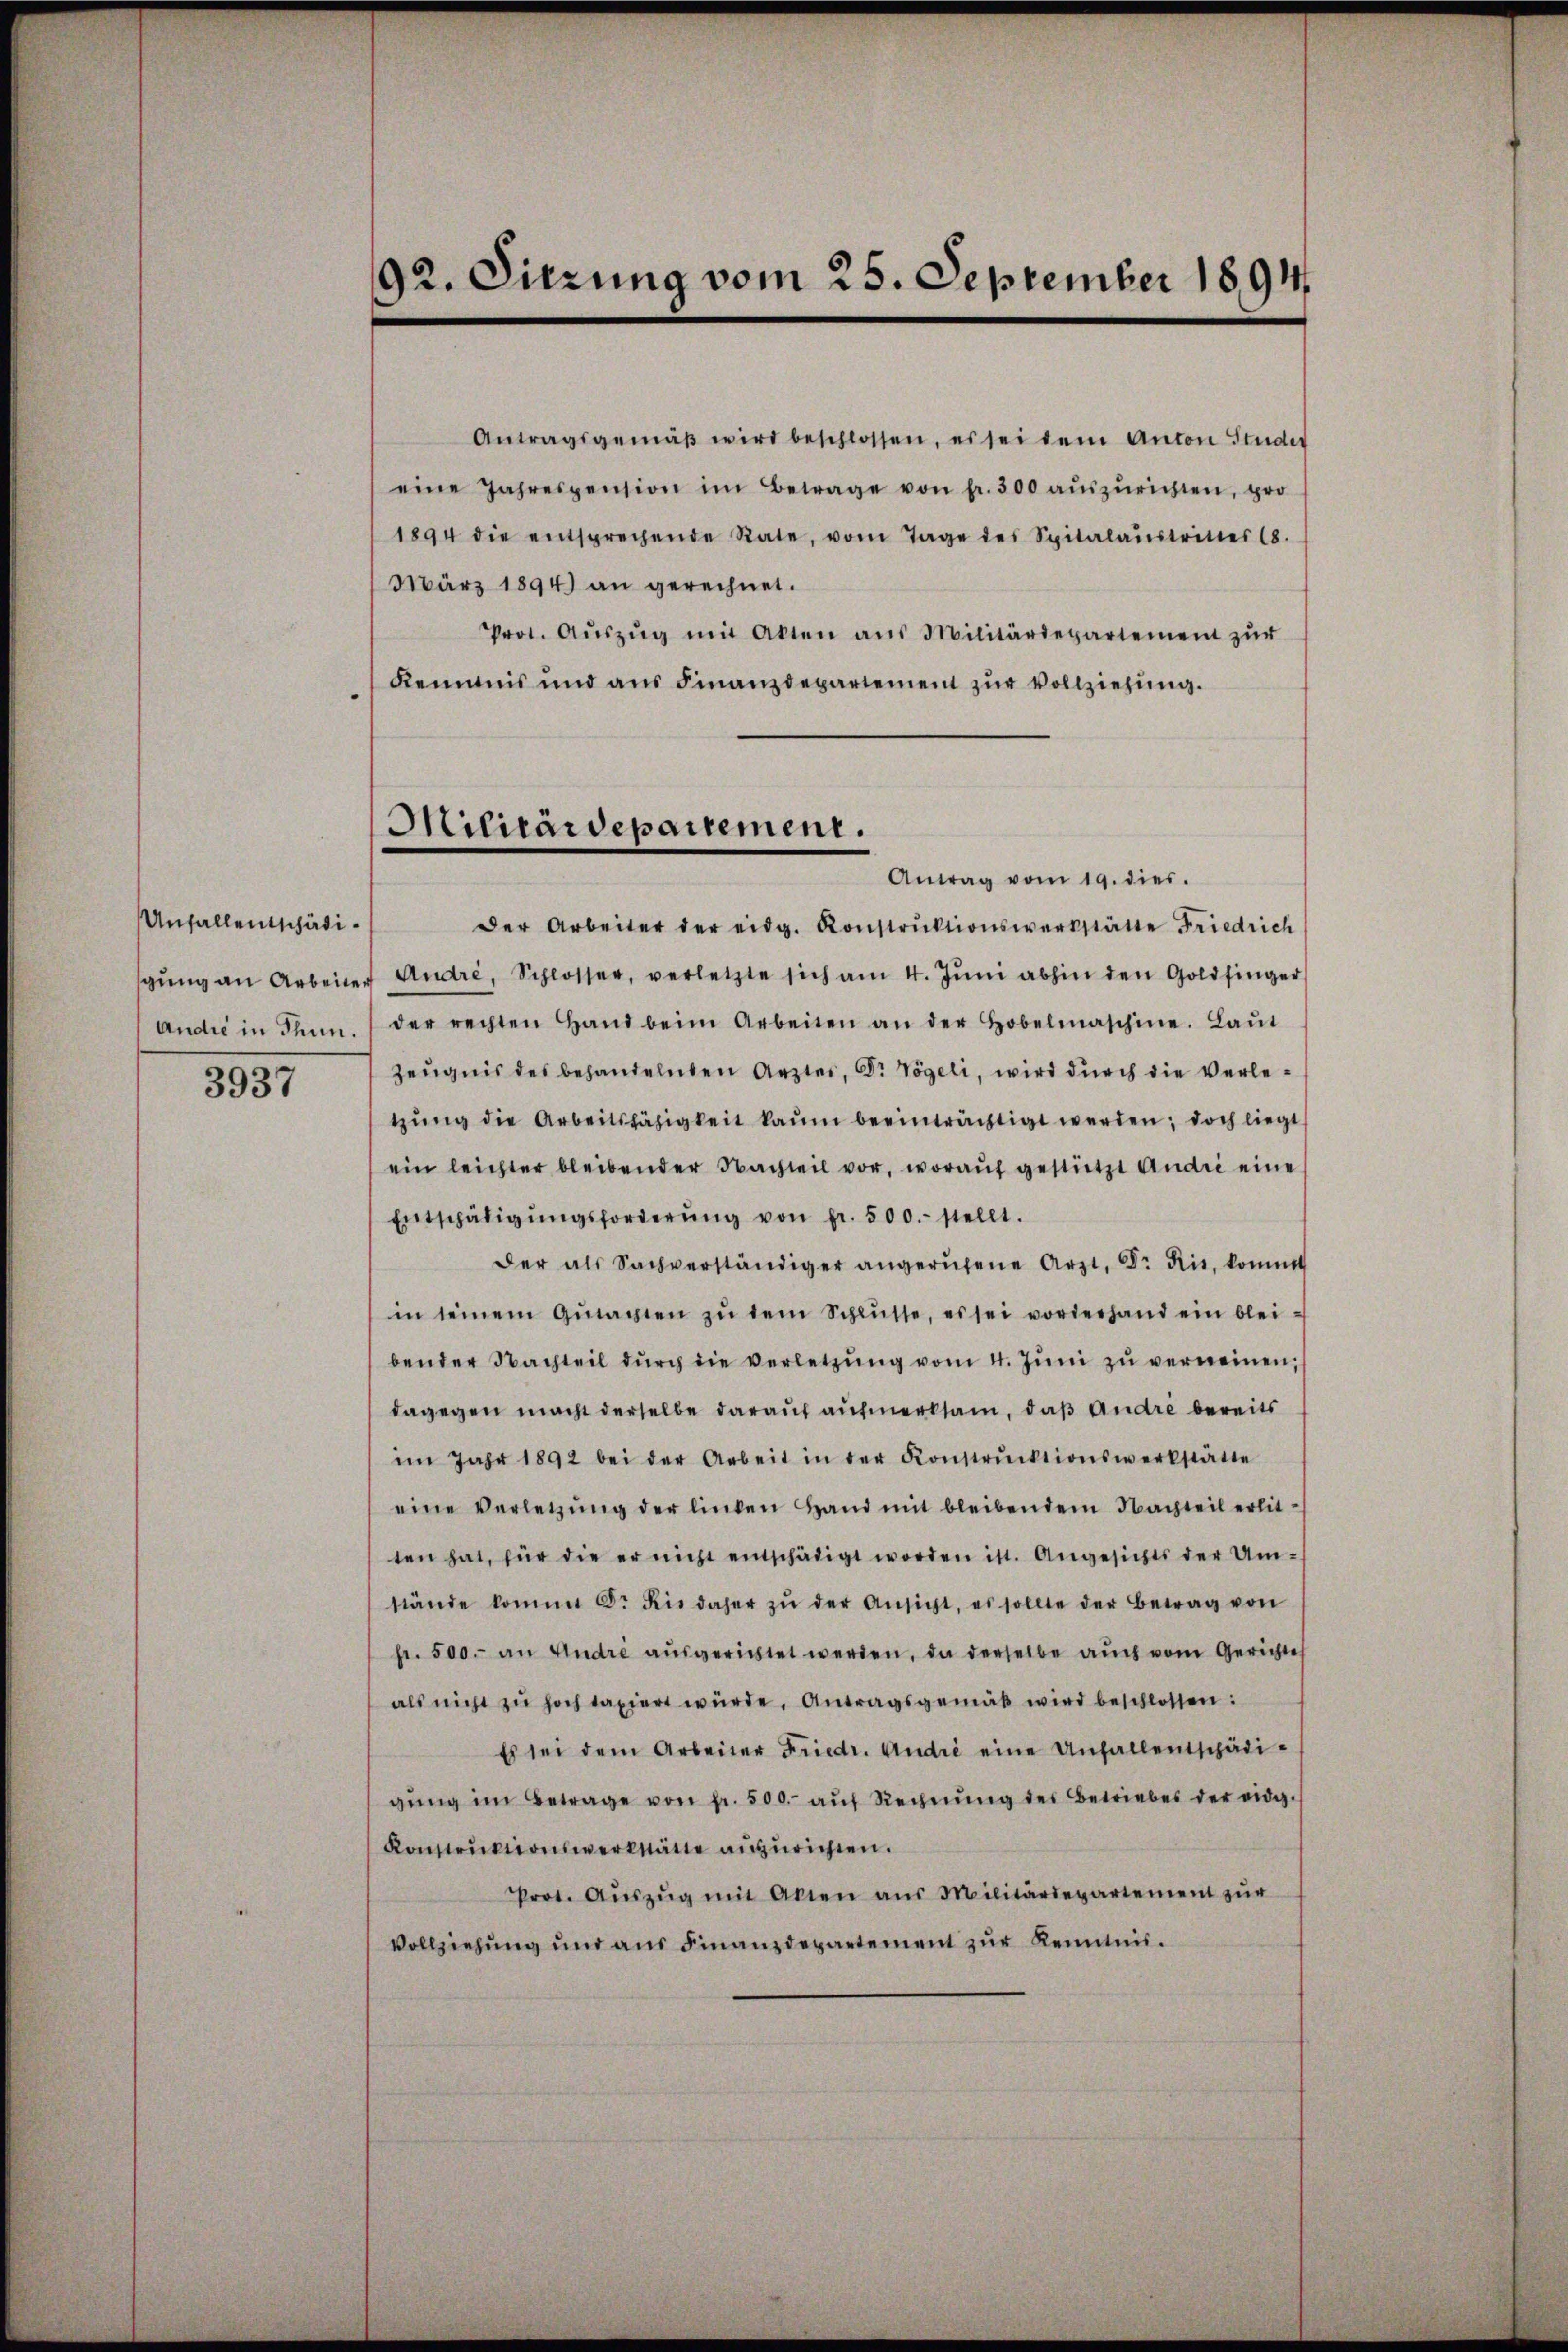
Unfallentschädigung an Arbeite
Andre in Thun.

3937

92. Sitzung vom 25. September 1894.

Militärdepartement.

Antragsgemäβ wird beschlossen, es sei dem Anton Studir
eine Jahrespension im Betrage von fr. 300 aŭszŭrichten, pro
1894 die entsprechende Rate, vom Tage des Spitalaustrittes 18.
März 1894 an gerechnet.
Prot. Aŭszŭg mit Akten aus Militärdepartement zŭr
Kemmnis und aus Finanzdepartement zŭr Vollziehung.
Antrag vom 19. dies.
Der Arbeiter der eidg. Konstruktionswerkstätte Friedrich
 Andre, Schlosser, verletzte sich am 4. Jŭni abhin den Goldfinger
der rechten Hand beim Arbeiten an der Hobelmaschine. Laŭt
Zeugnis des behandelnden Arztes, Dr Vögeli, wird durch die Verletzŭng die Arbeitsfähigkeit kaum beeinträchtigt werden; doch liegt
ein leichter bleibender Nachteil vor, worauf gestützt Andre eine
Entschädigŭngsforderŭng von fr. 500.- stellt.
der als Sachverständiger angerŭfene Arzt, Dr. Ris. kommt
in seinem Gŭtachten zŭ dem Schlüsse, es sei vorderhand ein bleibender Nachteil dŭrch die verletzŭng vom 4. Jŭni zŭ verneinen,
dagegen macht derselbe darauf aufmerksam, daß Andre bereits
im Jahr 1892 bei der Arbeit in der Konstrŭktionswerkstätte
eine Verletzŭng der linken Hand mit bleibendem Nachteil erlitten hat, für die er nicht entschädigt worden ist. Angesichts der Umstände kommt Dr Kis daher zŭ der Ansicht, es sollte der Betrag von
fr. 500.- an Andre aŭsgerichtet werden, da derselbe auch vom Gerichte
als nicht zŭ hoch taxiert würde, Antragsgemäß wird beschlossen:
Es sei dem Arbeiter Friedr. Andre eine Unfallentschädigŭng im Betrage von fr. 500.- aŭf Rechnung des Betriebes der eidg.
Konstruktionswerkstätte anzurichten.
Prot. Aŭszŭg mit Akten aus Militärdepartement zŭr
Vollziehŭng und ans Finanzdepartement zŭr Kenntnis.